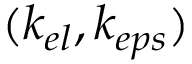
( k _ { e l } , k _ { e p s } )